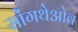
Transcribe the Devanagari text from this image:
सोंगथेओव